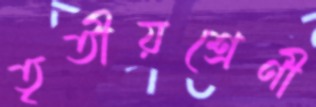
তৃতীয়শ্রেণী